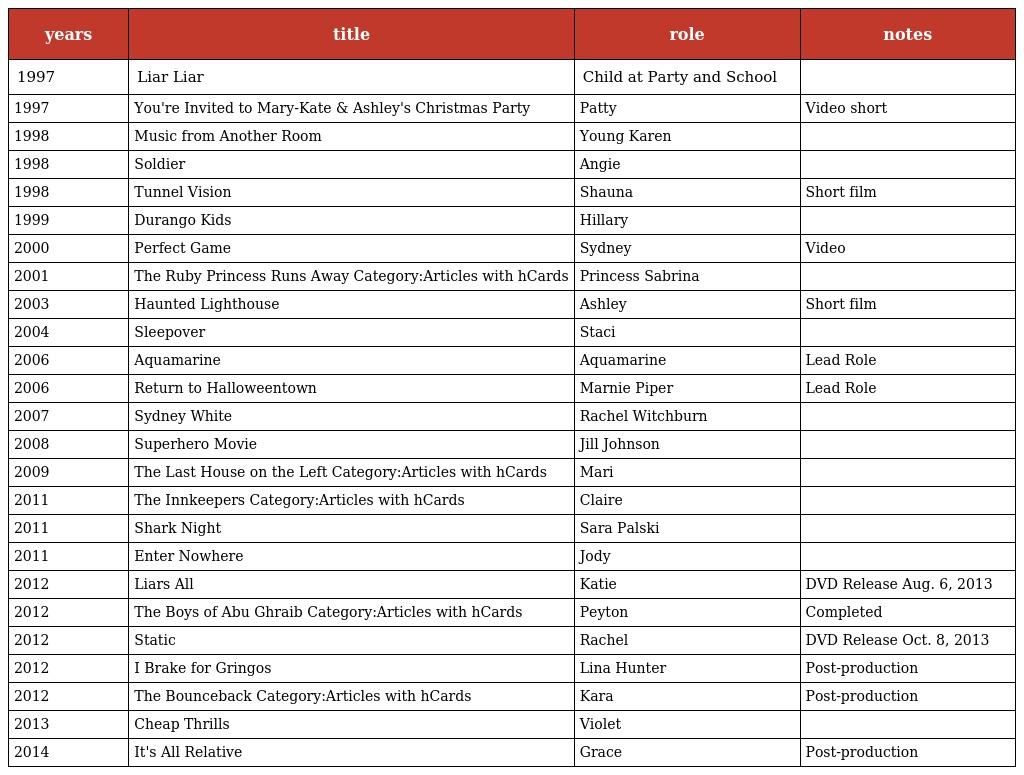
| years | title | role | notes |
 | --- | --- | --- | --- |
 | 1997 | Liar Liar | Child at Party and School |  |
 | 1997 | You're Invited to Mary-Kate & Ashley's Christmas Party | Patty | Video short |
 | 1998 | Music from Another Room | Young Karen |  |
 | 1998 | Soldier | Angie |  |
 | 1998 | Tunnel Vision | Shauna | Short film |
 | 1999 | Durango Kids | Hillary |  |
 | 2000 | Perfect Game | Sydney | Video |
 | 2001 | The Ruby Princess Runs Away Category:Articles with hCards | Princess Sabrina |  |
 | 2003 | Haunted Lighthouse | Ashley | Short film |
 | 2004 | Sleepover | Staci |  |
 | 2006 | Aquamarine | Aquamarine | Lead Role |
 | 2006 | Return to Halloweentown | Marnie Piper | Lead Role |
 | 2007 | Sydney White | Rachel Witchburn |  |
 | 2008 | Superhero Movie | Jill Johnson |  |
 | 2009 | The Last House on the Left Category:Articles with hCards | Mari |  |
 | 2011 | The Innkeepers Category:Articles with hCards | Claire |  |
 | 2011 | Shark Night | Sara Palski |  |
 | 2011 | Enter Nowhere | Jody |  |
 | 2012 | Liars All | Katie | DVD Release Aug. 6, 2013 |
 | 2012 | The Boys of Abu Ghraib Category:Articles with hCards | Peyton | Completed |
 | 2012 | Static | Rachel | DVD Release Oct. 8, 2013 |
 | 2012 | I Brake for Gringos | Lina Hunter | Post-production |
 | 2012 | The Bounceback Category:Articles with hCards | Kara | Post-production |
 | 2013 | Cheap Thrills | Violet |  |
 | 2014 | It's All Relative | Grace | Post-production |